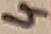
Text: 4